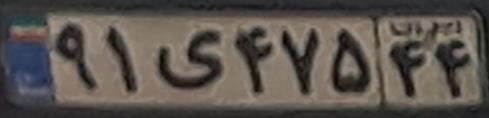
۹۱ی۴۷۵۴۴